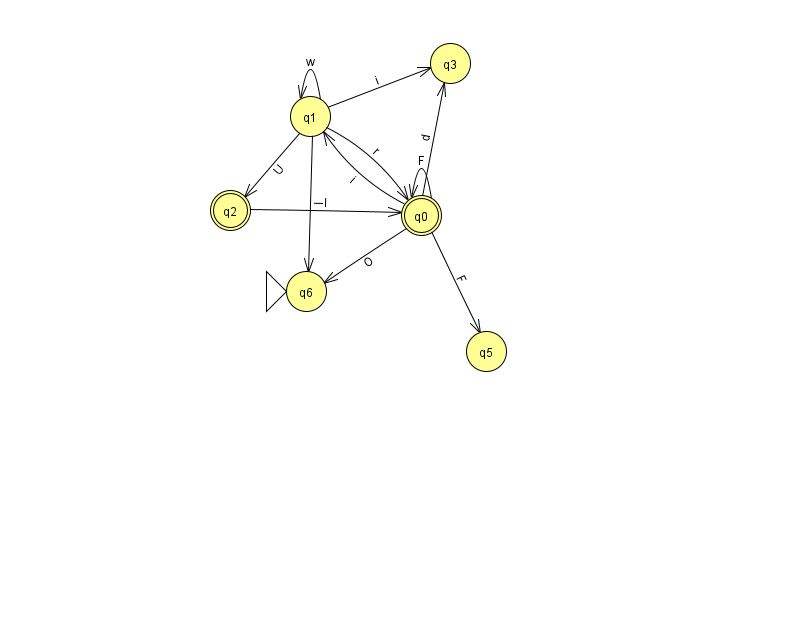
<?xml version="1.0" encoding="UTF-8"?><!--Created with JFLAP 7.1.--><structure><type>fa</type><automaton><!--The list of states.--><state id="0" name="q0"><x>421.0</x><y>202.0</y><final/></state><state id="1" name="q1"><x>310.0</x><y>103.0</y></state><state id="2" name="q2"><x>230.0</x><y>197.0</y><final/></state><state id="3" name="q3"><x>450.0</x><y>50.0</y></state><state id="5" name="q5"><x>486.0</x><y>338.0</y></state><state id="6" name="q6"><x>306.0</x><y>278.0</y><initial/></state><!--The list of transitions.--><transition><from>0</from><to>1</to><read>i</read></transition><transition><from>1</from><to>2</to><read>U</read></transition><transition><from>0</from><to>5</to><read>F</read></transition><transition><from>2</from><to>0</to><read>I</read></transition><transition><from>0</from><to>0</to><read>F</read></transition><transition><from>0</from><to>6</to><read>O</read></transition><transition><from>1</from><to>1</to><read>w</read></transition><transition><from>0</from><to>3</to><read>d</read></transition><transition><from>1</from><to>0</to><read>r</read></transition><transition><from>1</from><to>3</to><read>i</read></transition><transition><from>1</from><to>6</to><read>l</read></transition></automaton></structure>